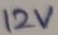
Text: 12V